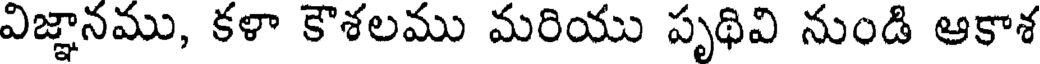
విజ్ఞానము, కళా కౌశలము మరియు పృథివి నుండి ఆకాశ